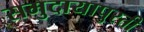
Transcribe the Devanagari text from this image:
समुदायापुरती